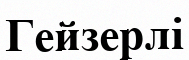
Гейзерлі